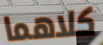
كلاهما